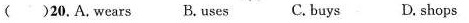
( )20.Awears B.uses C.buys D. shops